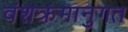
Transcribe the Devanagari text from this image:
वंशक्रमानुगत